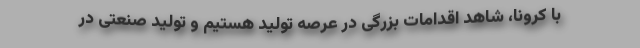
با کرونا، شاهد اقدامات بزرگی در عرصه تولید هستیم و تولید صنعتی در